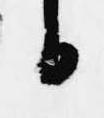
日